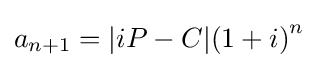
a_{n+1}=|iP-C|{(1+i)}^{n}